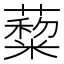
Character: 𦿺